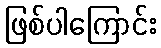
ဖြစ်ပါကြောင်း